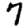
Digit: 7